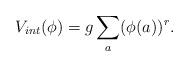
LaTeX: \begin{align*}V_{int}(\phi)=g\sum _{a}(\phi (a))^r.\end{align*}